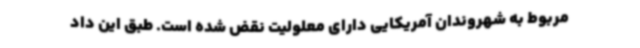
مربوط به شهروندان آمریکایی دارای معلولیت نقض شده است. طبق این داد